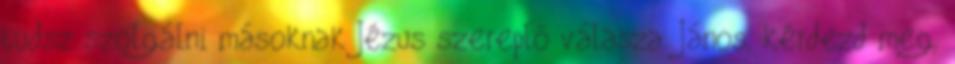
tudsz szolgálni másoknak Jézus szereplő válasza. János, kérdezd meg,